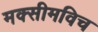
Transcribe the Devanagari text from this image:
मक्सीमविच